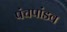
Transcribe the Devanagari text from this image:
पंचपांडव